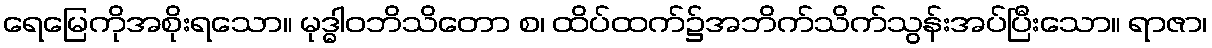
ရေမြေကိုအစိုးရသော။ မုဒ္ဓါဝဘိသိတော စ၊ ထိပ်ထက်၌အဘိက်သိက်သွန်းအပ်ပြီးသော။ ရာဇာ၊